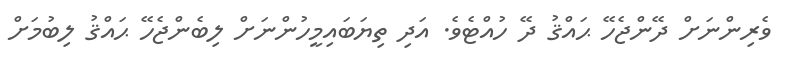
ވެރިންނަށް ދޭންޖެހޭ ޙައްޤު ދޭ ހުއްޓެވެ. އަދި ތިޔަބައިމީހުންނަށް ލިބެންޖެހޭ ޙައްޤު ލިބުމަށް